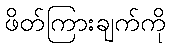
ဖိတ်ကြားချက်ကို